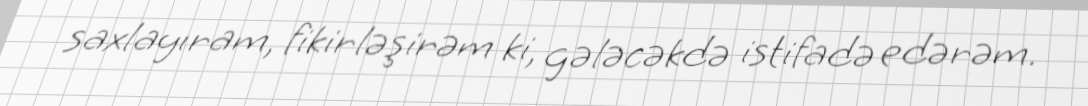
saxlayıram, fikirləşirəm ki, gələcəkdə istifadə edərəm.